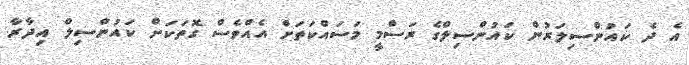
އެ ދެ ކައުންސިލަރުން ކައުންސިލްގެ ރަސްމީ މަސައްކަތަށް އެއްވެސް ގޮތަކަށް ކައުންސިލް އިދާރާ